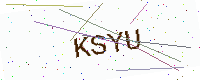
Text: KSYU